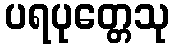
ပရပုတ္တေသု